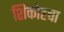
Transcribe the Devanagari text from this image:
शिकोहचा